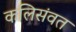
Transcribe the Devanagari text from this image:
कलिसंवत